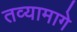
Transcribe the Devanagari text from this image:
तव्यामागे